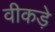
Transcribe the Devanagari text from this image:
वीकड़े